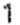
1